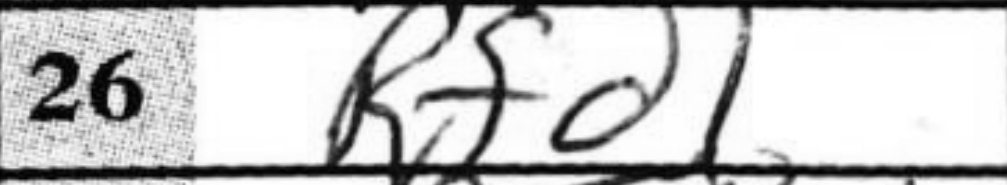
Transcription: Rfd1